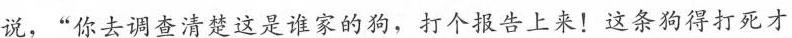
说，“你去调查清楚这是谁家的狗，打个报告上来!这条狗得打死才